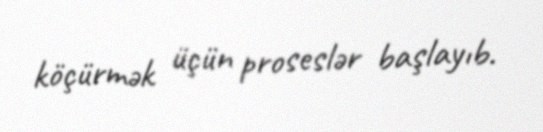
köçürmək üçün proseslər başlayıb.